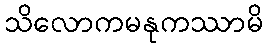
သိလောကမနုကဿာမိ